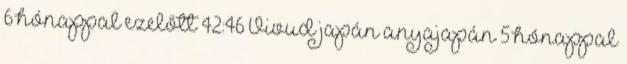
6 hónappal ezelőtt 42:46 Vivud japán anyajapán 5 hónappal